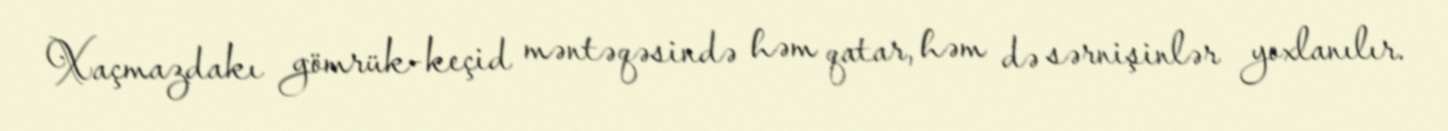
Xaçmazdakı gömrük-keçid məntəqəsində həm qatar, həm də sərnişinlər yoxlanılır.